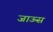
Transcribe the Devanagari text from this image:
जाऊस